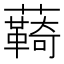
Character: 𮒺